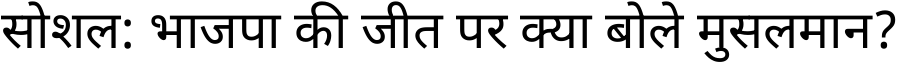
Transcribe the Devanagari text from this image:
सोशल: भाजपा की जीत पर क्या बोले मुसलमान?